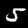
Digit: 5